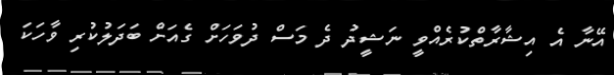
އޭނާ އެ އިޝާރާތްކުރެއްވީ ނަޝީދު ދެ މަސް ދުވަހަށް ގެއަށް ބަދަލުކުރި ވާހަކަ